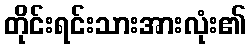
တိုင်းရင်းသားအားလုံး၏